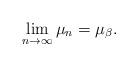
LaTeX: \begin{align*}\lim_{n\to \infty} \mu_n= \mu_\beta.\end{align*}